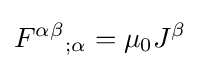
F^{\alpha \beta }{}_{;\alpha }=\mu _{0}J^{\beta }